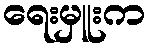
ရေးမှူးက